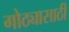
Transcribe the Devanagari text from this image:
गोठ्यासाठी